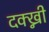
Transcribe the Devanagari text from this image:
दक्ख्नी